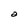
Character: a